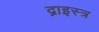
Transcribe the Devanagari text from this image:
द्नाइस्त्र